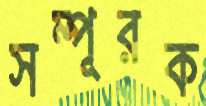
সম্পূরক